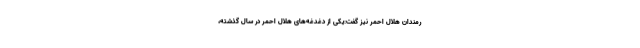
رمندان هلال احمر نیز گفت:‌یکی از دغدغه‌های هلال احمر در سال گذشته،